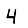
Digit: 4